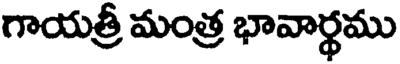
గాయత్రీ మంత్ర భావార్థము